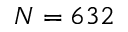
N = 6 3 2